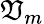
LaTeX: \mathfrak{V}_{m}